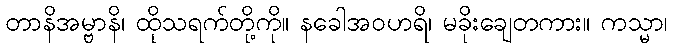
တာနိအမ္ဗာနိ၊ ထိုသရက်တို့ကို။ နခေါအဝဟရိ၊ မခိုးချေတကား။ ကသ္မာ၊